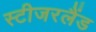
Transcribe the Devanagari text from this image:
स्टीजरलैंड